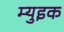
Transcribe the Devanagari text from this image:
म्युइक